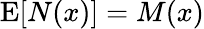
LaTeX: \operatorname{E}[N(x)]=M(x)